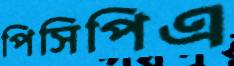
পিসিপিএ